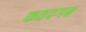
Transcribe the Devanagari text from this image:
कतदगब